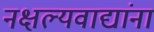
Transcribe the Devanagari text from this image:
नक्षल्यवाद्यांना